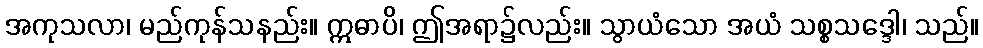
အကုသလာ၊ မည်ကုန်သနည်း။ ဣဓာပိ၊ ဤအရာ၌လည်း။ သွာယံသော အယံ သစ္စသဒ္ဒေါ၊ သည်။